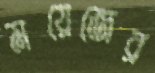
ময়েজের